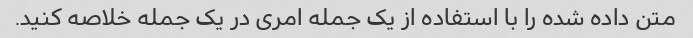
متن داده شده را با استفاده از یک جمله امری در یک جمله خلاصه کنید.